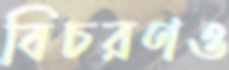
বিচরণও